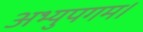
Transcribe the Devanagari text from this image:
अभ्युपगम।